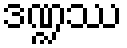
ဒဏ္ဍဿ